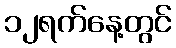
၁၂ရက်နေ့တွင်